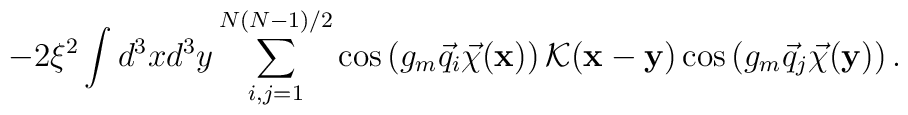
-2\xi^2\int d^3xd^3y\sum\limits_{i,j=1}^{N(N-1)/2}\cos\left(g_m\vec q_i\vec\chi({\bf x})\right){\cal K}({\bf x}-{\bf y})\cos\left(g_m\vec q_j\vec\chi({\bf y})\right).